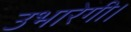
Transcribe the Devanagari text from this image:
उभारेगी।